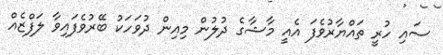
ސައި ހުރީ ތައްޔާރުވެފަ އެއީ މާޝާގެ ދުލުން މިއިން ދުވަހަކު ބޭރުވެފައިވާ ލަފްޒެއް